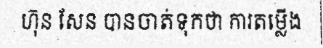
ហ៊ុន សែន បានចាត់ទុកថា ការតម្លើង